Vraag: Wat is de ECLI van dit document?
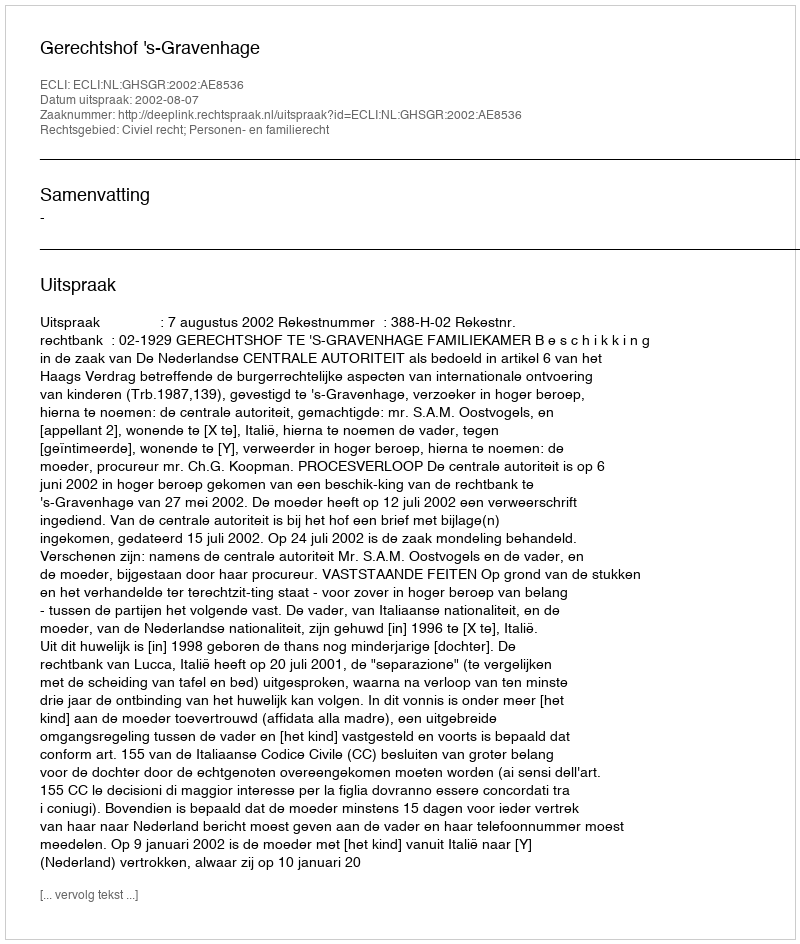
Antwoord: ECLI:NL:GHSGR:2002:AE8536